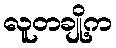
လူတချို့က